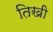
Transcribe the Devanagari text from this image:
तिखी